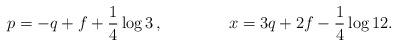
LaTeX: \begin{align*}p= -q+f +\frac{1}{4} \log 3 \, , \qquad \qquad x = 3 q + 2 f -\frac{1}{4} \log 12.\end{align*}